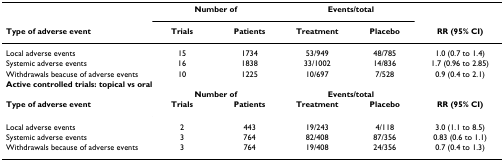
<table><thead><tr><td></td><td colspan="2"><b>Number of</b></td><td colspan="2"><b>Events/total</b></td><td></td></tr><tr><td><b>Type of adverse event</b></td><td><b>Trials</b></td><td><b>Patients</b></td><td><b>Treatment</b></td><td><b>Placebo</b></td><td><b>RR (95% CI)</b></td></tr></thead><tbody><tr><td>Local adverse events</td><td>15</td><td>1734</td><td>53/949</td><td>48/785</td><td>1.0 (0.7 to 1.4)</td></tr><tr><td>Systemic adverse events</td><td>16</td><td>1838</td><td>33/1002</td><td>14/836</td><td>1.7 (0.96 to 2.85)</td></tr><tr><td>Withdrawals beacuse of adverse events</td><td>10</td><td>1225</td><td>10/697</td><td>7/528</td><td>0.9 (0.4 to 2.1)</td></tr><tr><td colspan="6"><b>Active controlled trials: topical vs oral</b></td></tr><tr><td></td><td colspan="2"><b>Number of</b></td><td colspan="2"><b>Events/total</b></td><td></td></tr><tr><td><b>Type of adverse event</b></td><td><b>Trials</b></td><td><b>Patients</b></td><td><b>Treatment</b></td><td><b>Placebo</b></td><td><b>RR (95% CI)</b></td></tr><tr><td>Local adverse events</td><td>2</td><td>443</td><td>19/243</td><td>4/118</td><td>3.0 (1.1 to 8.5)</td></tr><tr><td>Systemic adverse events</td><td>3</td><td>764</td><td>82/408</td><td>87/356</td><td>0.83 (0.6 to 1.1)</td></tr><tr><td>Withdrawals because of adverse events</td><td>3</td><td>764</td><td>19/408</td><td>24/356</td><td>0.7 (0.4 to 1.3)</td></tr></tbody></table>